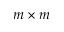
m \times m